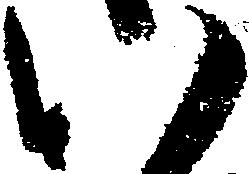
い